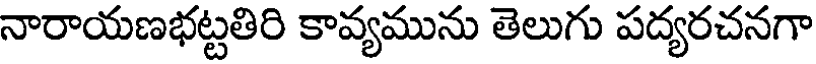
నారాయణభట్టతిరి కావ్యమును తెలుగు పద్యరచనగా